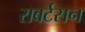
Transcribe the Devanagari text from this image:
राबर्टसन